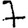
Digit: 7